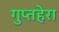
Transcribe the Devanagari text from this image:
गुप्तहेरा